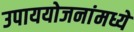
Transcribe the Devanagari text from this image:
उपाययोजनांमध्ये